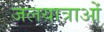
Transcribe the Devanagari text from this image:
जलयात्राओं